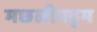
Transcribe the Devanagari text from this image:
मछलीपट्टम